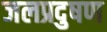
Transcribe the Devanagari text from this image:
जलप्रदुषण